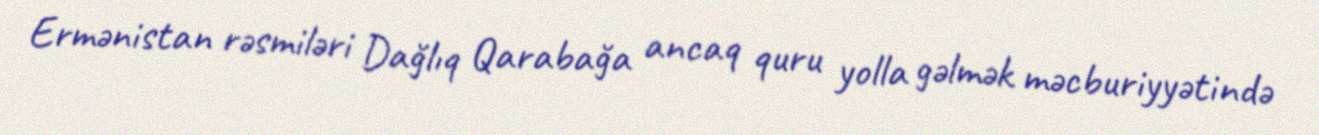
Ermənistan rəsmiləri Dağlıq Qarabağa ancaq quru yolla gəlmək məcburiyyətində